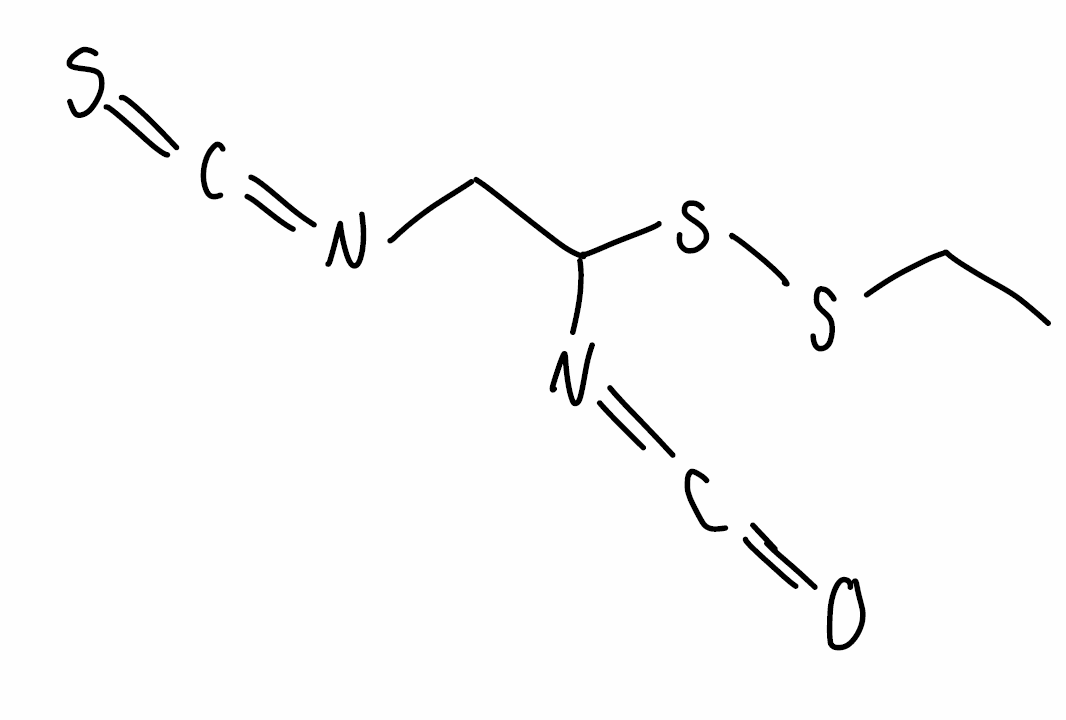
Simplified molecular-input line-entry system (SMILES) notation of the given molecule:
CCSSC(CN=C=S)N=C=O